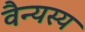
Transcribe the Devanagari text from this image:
वैन्यस्य